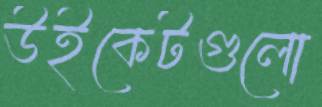
উইকেটগুলো